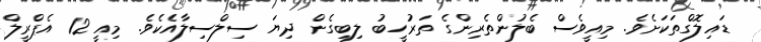
ޑައިލޮގްތަކަށެވެ. މިއީވެސް ބެލުންތެރިންގެ ތަރުހީބު ލިބިގެން ދިޔަ ސިލްސިލާއެކެވެ. މިއީ 12 އެޕްރީލް